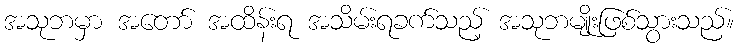
အသုဘမှာ အတော် အထိန်းရ အသိမ်းရခက်သည့် အသုဘမျိုးဖြစ်သွားသည်။